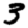
Digit: 3